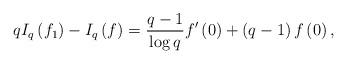
LaTeX: \begin{align*}qI_{q}\left(f_{1}\right)-I_{q}\left(f\right)=\frac{q-1}{\log q}f^{\prime}\left(0\right)+\left(q-1\right)f\left(0\right),\end{align*}